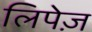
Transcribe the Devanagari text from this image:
लिपेज़